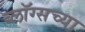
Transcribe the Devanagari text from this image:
ब्लॉग्सच्या